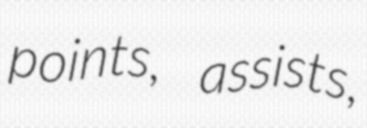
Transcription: points, assists,